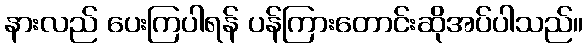
နားလည် ပေးကြပါရန် ပန်ကြားတောင်းဆိုအပ်ပါသည်။